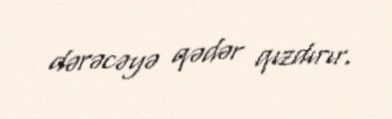
dərəcəyə qədər qızdırır.